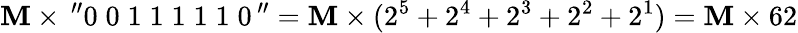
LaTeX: \mathbf{M}\times\, ^{\prime\prime}0\; 0\; 1\; 1\; 1\; 1\; 1\; 0\, ^{\prime\prime}=\mathbf{M}\times(2^{5}+2^{4}+2^{3}+2^{2}+2^{1})=\mathbf{M}\times62